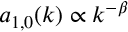
a _ { 1 , 0 } ( k ) \propto k ^ { - \beta }